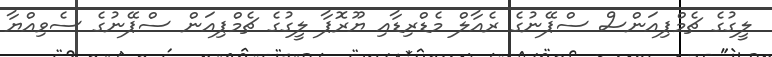
ލީގުގެ ޗެމްޕިއަންސް ސްޕޭނުގެ ރެއާލް މެޑްރިޑާއި ޔޫރޮޕާ ލީގުގެ ޗެމްޕިއަން ސްޕޭނުގެ ސެވިއްޔާ